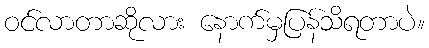
ဝင်လာတာဆိုလား နောက်မှပြန်သိရတာပဲ။